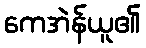
ကေအဲန်ယူ၏